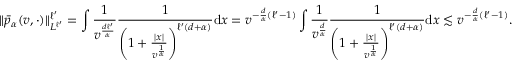
\Vert \bar { p } _ { \alpha } ( v , \cdot ) \Vert _ { L ^ { \ell ^ { \prime } } } ^ { \ell ^ { \prime } } = \int \frac { 1 } { v ^ { \frac { d \ell ^ { \prime } } { \alpha } } } \frac { 1 } { \left( 1 + \frac { | x | } { v ^ { \frac { 1 } { \alpha } } } \right) ^ { \ell ^ { \prime } ( d + \alpha ) } } \mathrm { d } x = v ^ { - \frac { d } { \alpha } ( \ell ^ { \prime } - 1 ) } \int \frac { 1 } { v ^ { \frac { d } { \alpha } } } \frac { 1 } { \left( 1 + \frac { | x | } { v ^ { \frac { 1 } { \alpha } } } \right) ^ { \ell ^ { \prime } ( d + \alpha ) } } \mathrm { d } x \lesssim v ^ { - \frac { d } { \alpha } ( \ell ^ { \prime } - 1 ) } .